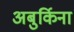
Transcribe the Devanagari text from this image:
अबुर्किना